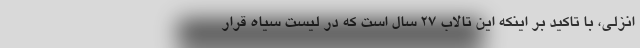
انزلی، با تاکید بر اینکه این تالاب ۲۷ سال است که در لیست سیاه قرار